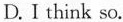
D.I think so.